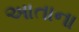
આતાના